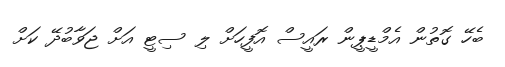
ބެހޭ ގޮތުން އެމްޑީޕީން ރައީސް އޮފީހަށް ލި ސިޓީ އަށް ޖަވާބުދޭ ކަށް